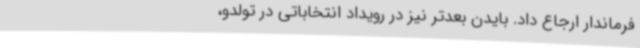
فرماندار ارجاع داد. بایدن بعدتر نیز در رویداد انتخاباتی در تولدو،